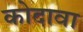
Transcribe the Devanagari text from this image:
कोदावा